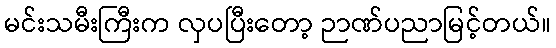
မင်းသမီးကြီးက လှပပြီးတော့ ဉာဏ်ပညာမြင့်တယ်။